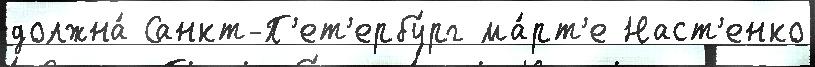
должна́ Санкт-П'ет'ербу́рг ма́рт'е Наст'енко